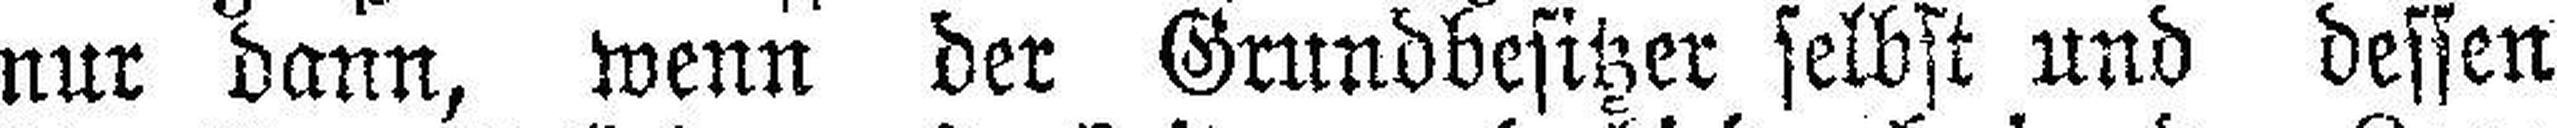
nur dann, wenn der Grundbesitzer selbst und dessen